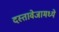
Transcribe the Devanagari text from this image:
दस्तावेजामध्ये